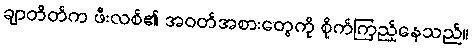
ချာတိတ်က ဖီးလစ်၏ အဝတ်အစားတွေကို စိုက်ကြည့်နေသည်။